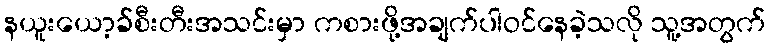
နယူးယော့ခ်စီးတီးအသင်းမှာ ကစားဖို့အချက်ပါဝင်နေခဲ့သလို သူ့အတွက်